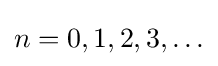
n=0,1,2,3,\ldots